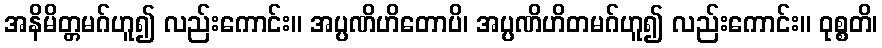
အနိမိတ္တမဂ်ဟူ၍ လည်းကောင်း။ အပ္ပဏိဟိတောပိ၊ အပ္ပဏိဟိတမဂ်ဟူ၍ လည်းကောင်း။ ဝုစ္စတိ၊